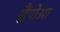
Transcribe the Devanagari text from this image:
ह्वैंपोआ